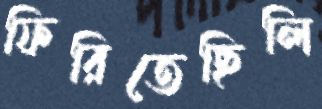
ফিরিতেছিলি